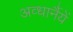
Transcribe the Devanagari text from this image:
अव्धार्नैयें